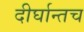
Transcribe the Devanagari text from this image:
दीर्घान्तच